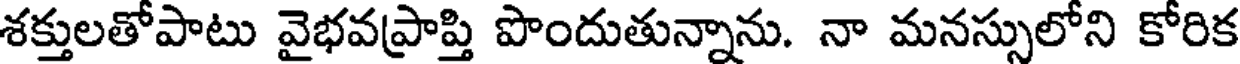
శక్తులతోపాటు వైభవప్రాప్తి పొందుతున్నాను. నా మనస్సులోని కోరిక